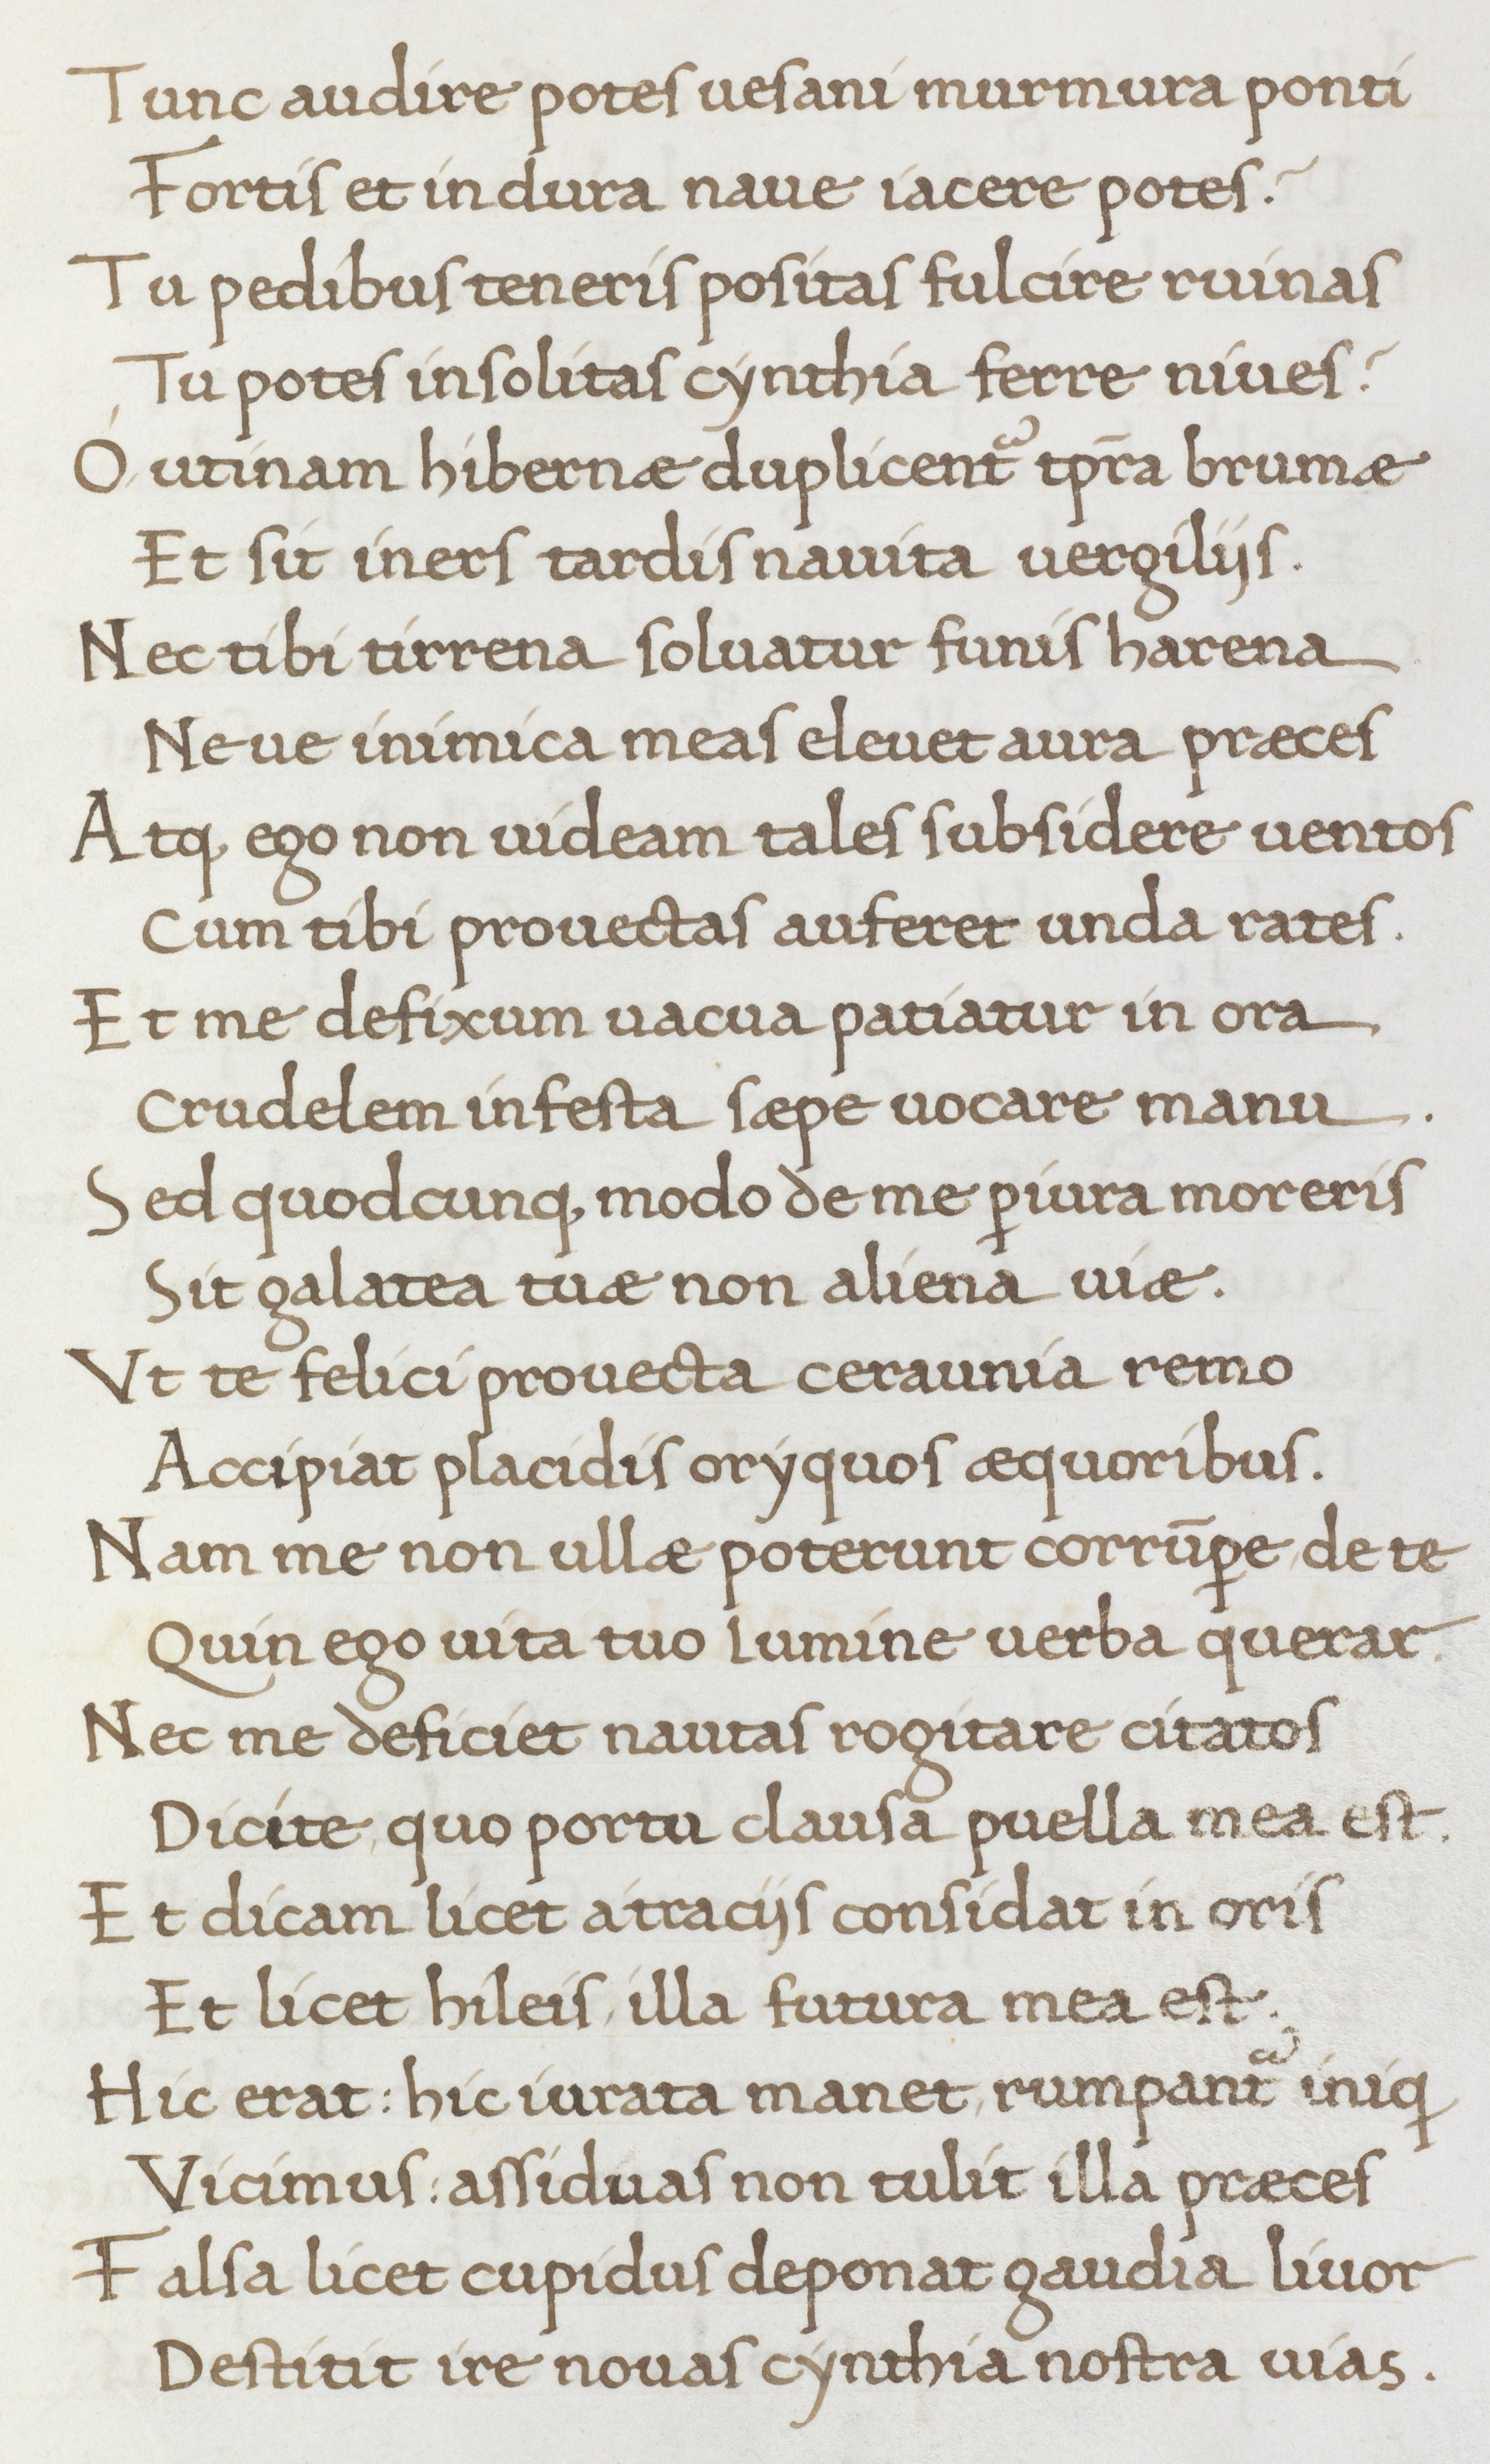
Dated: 1466–1466